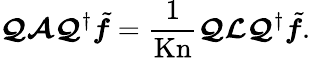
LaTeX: \boldsymbol{\mathcal{Q}}\boldsymbol{\mathcal{A}}\boldsymbol{\mathcal{Q}}^{\dagger}\tilde{\boldsymbol{f}}=\frac{1}{\mathrm{Kn}}\boldsymbol{\mathcal{Q}}\boldsymbol{\mathcal{L}}\boldsymbol{\mathcal{Q}}^{\dagger}\tilde{\boldsymbol{f}}.